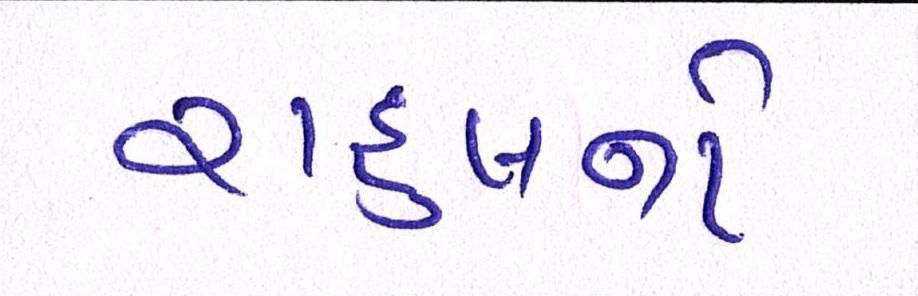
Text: રાહુલનો